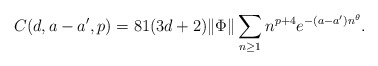
\begin{align*}C(d,a-a',p) = 81(3d+2)\|\Phi\|\sum_{n\geq 1}n^{p+4}e^{-(a-a')n^\theta}.\end{align*}